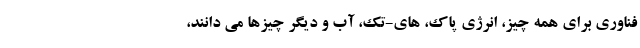
فناوری برای همه چیز، انرژی پاک، های-تِک، آب و دیگر چیزها می دانند،